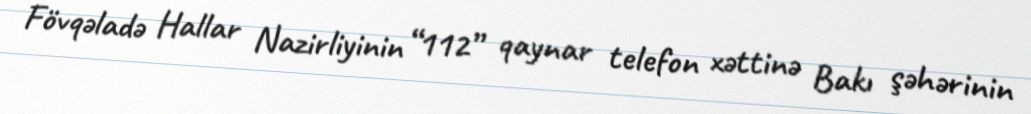
Fövqəladə Hallar Nazirliyinin “112” qaynar telefon xəttinə Bakı şəhərinin